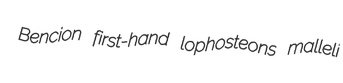
Bencion first-hand lophosteons malleli